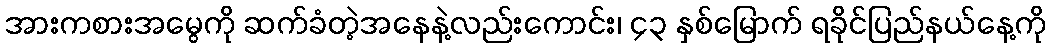
အားကစားအမွေကို ဆက်ခံတဲ့အနေနဲ့လည်းကောင်း၊ ၄၃ နှစ်မြောက် ရခိုင်ပြည်နယ်နေ့ကို